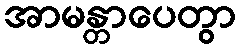
အာမန္တာပေတွာ